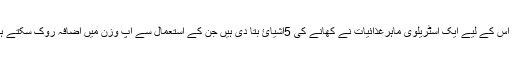
اب اس کے لیے ایک آسٹریلوی ماہرغذائیات نے کھانے کی 5اشیائ بتا دی ہیں جن کے استعمال سے آپ وزن میں اضافہ روک سکتے ہیں۔